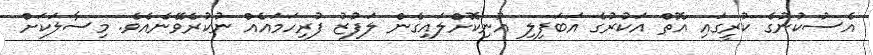
އެސުކުނުގެ ކުރީގައި އޮތް އަކުރުގެ އަބަފިލި އުނިކޮށްލައިގެން ލަފުޒު ފުރިހަމައެއް ނުކުރެވޭނެއެވެ. މިސާލަކަށް